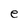
Character: e